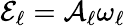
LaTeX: \mathcal{E}_{\ell}=\mathcal{A}_{\ell}\omega_{\ell}